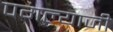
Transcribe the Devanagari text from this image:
पगल्याजी